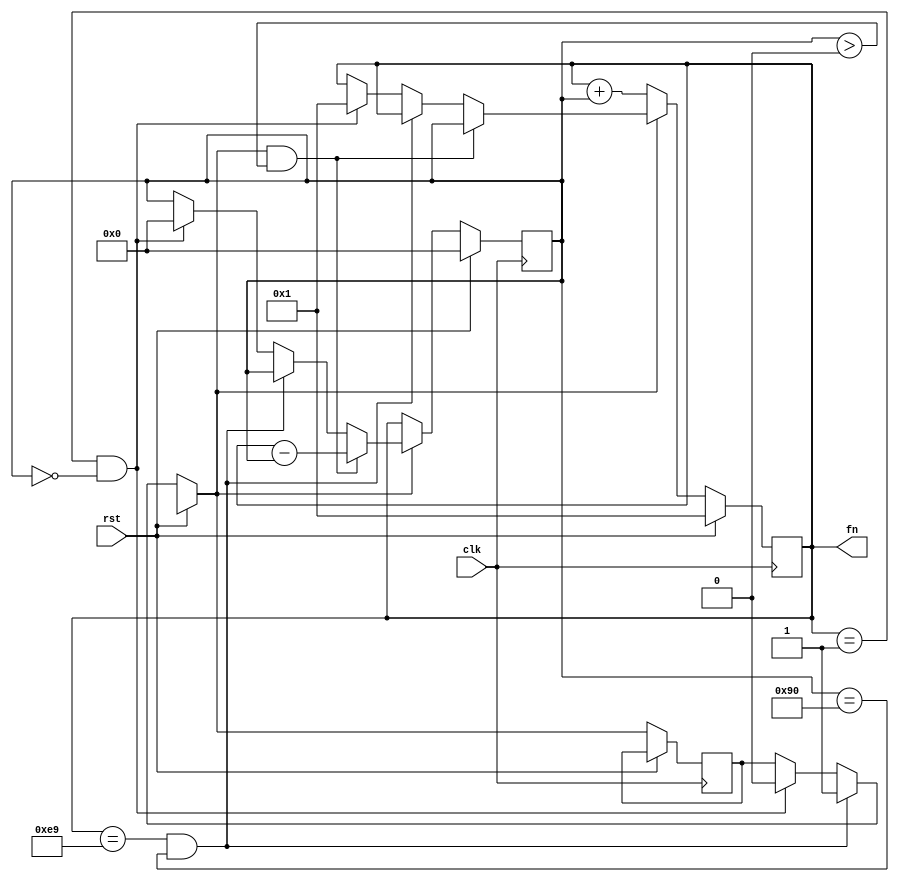
module lab2_2 (
    input clk,
    input rst,
    output[7:0] fn
    );
    
    reg[7:0] fn;
    reg[7:0] f1;
    reg flag = 1'b0;

    always @(posedge clk)
    begin
        if(!rst)
        begin
            if(fn == 8'd233 && f1 == 8'd144)
                flag = 1'b1;
                
            else if(fn == 8'd1 && f1 == 8'd0)
            begin
                flag <= 1'b0;
                fn <= 8'd1;
                f1 <= 8'd0;
            end 
            
            if(flag == 1'b0) begin  
                fn <= fn + f1;
                f1 <= fn;
            end
            
            else if(flag == 1'b1 && f1 > 8'd0) begin
                fn <= f1;
                f1 <= fn-f1;
            end
        end
        
        else if(rst)
        begin
            fn <= 8'd1;
            f1 <= 8'd0;
        end
    end
endmodule